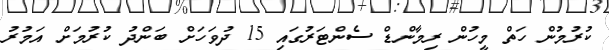
ކުރުމުން ހަތް މީހުން ރިމާންޑް ސެންޓަރުގައި 15 ދުވަހަށް ބަންދު ކުރުމަށް އަމުރު